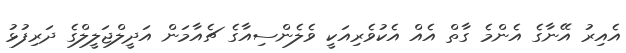
އެއިރު އޭނާގެ އެންމެ ގާތް އެއް އެކުވެރިއަކީ ވެލެންސިއާގެ ޗެއާމަން އަދީލްޖަލީލްގެ ދަރިފުޅު